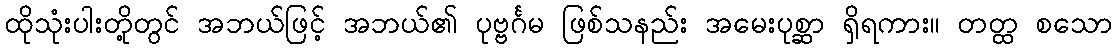
ထိုသုံးပါးတို့တွင် အဘယ်ဖြင့် အဘယ်၏ ပုဗ္ဗင်္ဂမ ဖြစ်သနည်း အမေးပုစ္ဆာ ရှိရကား။ တတ္ထ စသော